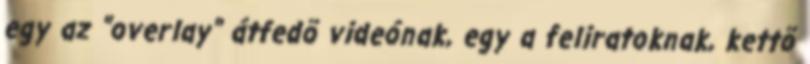
egy az "overlay" átfedõ videónak, egy a feliratoknak, kettõ